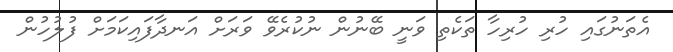
އެތަނުގައި ހުރި ހުރިހާ ތަކެތި ވަނީ ބޭނުން ނުކުރެވޭ ވަރަށް އަނދާފައިކަމަށް ފުލުހުން